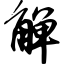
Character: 觯